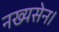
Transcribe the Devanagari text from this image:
नख्यसेन।